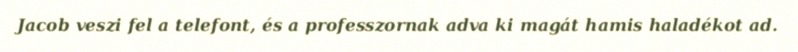
Jacob veszi fel a telefont, és a professzornak adva ki magát hamis haladékot ad.